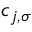
c _ { j , \sigma }